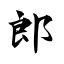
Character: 郎